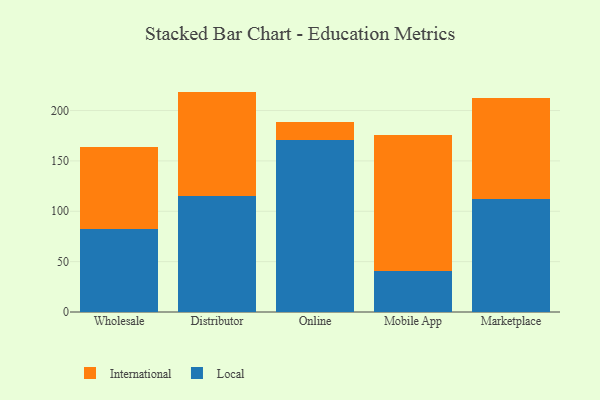
{"axis": {"x": "Channel", "y": "Waste Production (Tons)"}, "legend": ["International", "Local"], "data": [{"x": "Wholesale", "y": 82.6, "type": "Local"}, {"x": "Wholesale", "y": 81.4, "type": "International"}, {"x": "Distributor", "y": 115.2, "type": "Local"}, {"x": "Distributor", "y": 103.6, "type": "International"}, {"x": "Online", "y": 170.6, "type": "Local"}, {"x": "Online", "y": 18.4, "type": "International"}, {"x": "Mobile App", "y": 40.3, "type": "Local"}, {"x": "Mobile App", "y": 135.6, "type": "International"}, {"x": "Marketplace", "y": 112.1, "type": "Local"}, {"x": "Marketplace", "y": 100.6, "type": "International"}]}